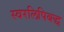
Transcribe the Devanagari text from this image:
स्वरलिपिबद्ध